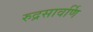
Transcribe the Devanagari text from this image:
रुद्रसावर्णि